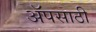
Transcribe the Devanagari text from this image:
अॅपसाठी